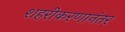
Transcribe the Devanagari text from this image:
शहरीकरणानंतर